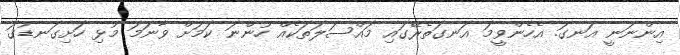
އިންނަނީ އަނގަ. އެހެންވީމަ އަނގަތެރޭގައި މައްސަލަތަކެއް ހުންނަ ކަމަށް ވާނަމަ މުޅި ހަށިގަނޑުގަ